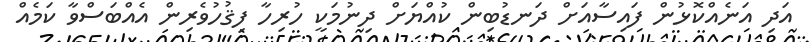
އަދި އަނެއްކޮޅުން ފައިސާއަށް ދަނޑުބިން ކުއްޔަށް ދިނުމަކީ ހުރިހާ ފިޤުހުވެރިން އެއްބަސްވާ ކަމެއް